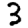
Digit: 3